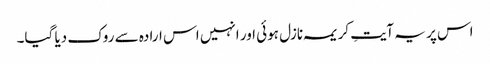
اس پر یہ آیتِ کریمہ نازل ہوئی اور انہیں اس ارادہ سے روک دیا گیا۔